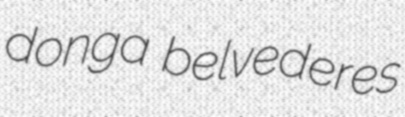
donga belvederes